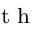
^ { \textrm { t h } }